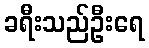
ခရီးသည်ဦးရေ